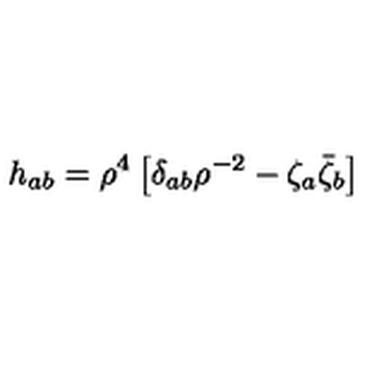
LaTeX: h _ { a b } = \rho ^ { 4 } \left[ \delta _ { a b } \rho ^ { - 2 } - \zeta _ { a } \bar { \zeta } _ { b } \right]